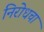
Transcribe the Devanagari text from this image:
निरोधचा